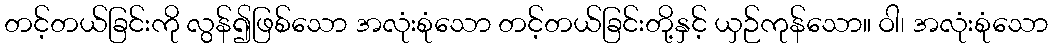
တင့်တယ်ခြင်းကို လွန်၍ဖြစ်သော အလုံးစုံသော တင့်တယ်ခြင်းတို့နှင့် ယှဉ်ကုန်သော။ ဝါ၊ အလုံးစုံသော